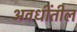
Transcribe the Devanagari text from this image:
अवधींतील